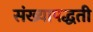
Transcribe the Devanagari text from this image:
संख्यापद्धती